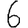
Digit: 6